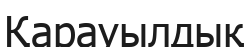
Қарауылдық